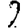
Digit: 2